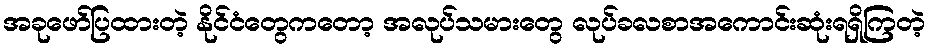
အခုဖော်ပြထားတဲ့ နိုင်ငံတွေကတော့ အလုပ်သမားတွေ လုပ်ခလစာအကောင်းဆုံးရရှိကြတဲ့